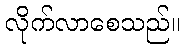
လိုက်လာစေသည်။